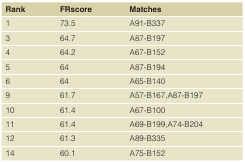
<table><thead><tr><td><b>Rank</b></td><td><b>FRscore</b></td><td><b>Matches</b></td></tr></thead><tbody><tr><td>1</td><td>73.5</td><td>A91-B337</td></tr><tr><td>3</td><td>64.7</td><td>A87-B197</td></tr><tr><td>4</td><td>64.2</td><td>A67-B152</td></tr><tr><td>5</td><td>64</td><td>A87-B194</td></tr><tr><td>6</td><td>64</td><td>A65-B140</td></tr><tr><td>9</td><td>61.7</td><td>A57-B167,A87-B197</td></tr><tr><td>10</td><td>61.4</td><td>A67-B100</td></tr><tr><td>11</td><td>61.4</td><td>A69-B199,A74-B204</td></tr><tr><td>12</td><td>61.3</td><td>A89-B335</td></tr><tr><td>14</td><td>60.1</td><td>A75-B152</td></tr></tbody></table>